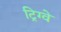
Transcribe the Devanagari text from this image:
ट्रिग्वे